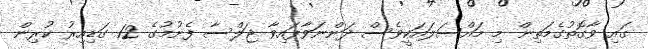
ގައި ވާގޮތުގެމަތިން މި މައްސަލައަކީވެސް ދަންނަވާފައިވާ ޖަލްސާ ފެށުމުގެ 12 ގަޑިއިރު ކުރިން